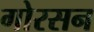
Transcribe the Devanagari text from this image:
गोरसन